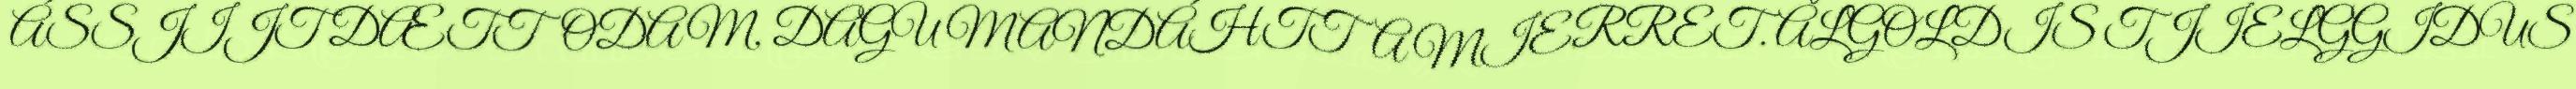
ÁSSJIJT DÆTTODAM, DAGU MANDÁHTTA MIERRET. ÅLGOLDIS TJIELGGIDUS